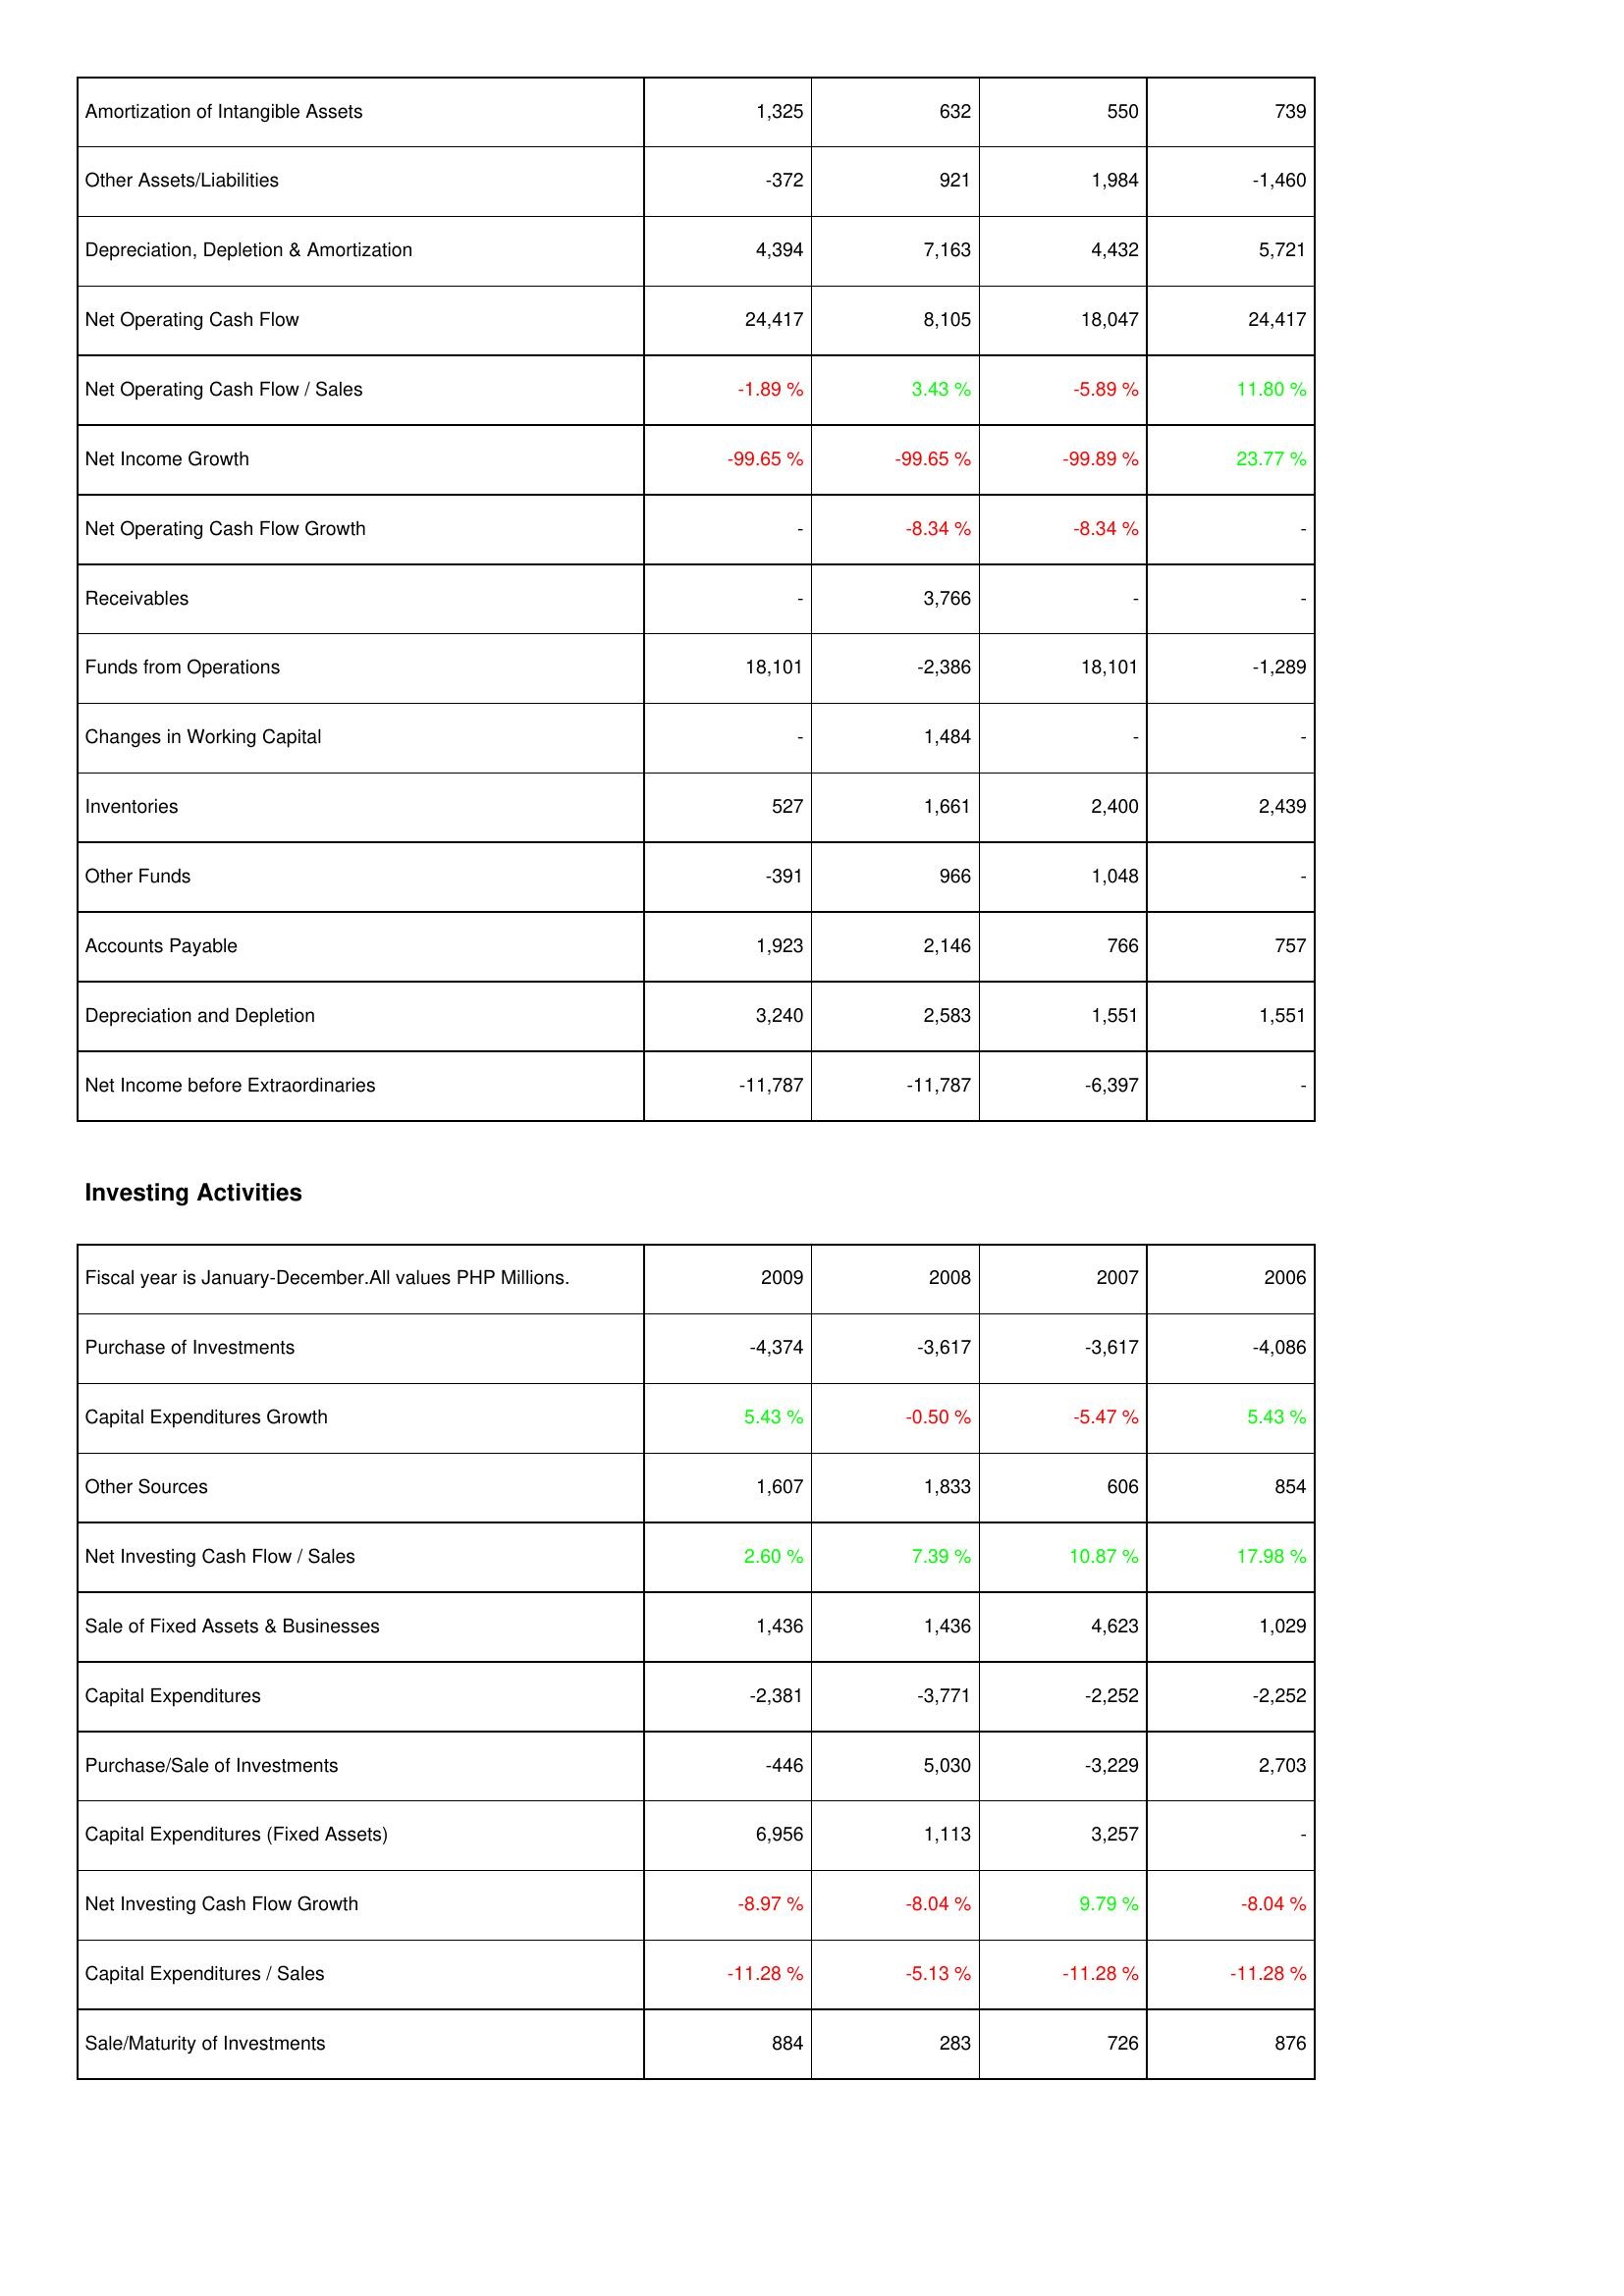
2009: Operating Activities: Amortization of Intangible Assets: 1,325
Other Assets/Liabilities: -372
Depreciation, Depletion & Amortization: 4,394
Net Operating Cash Flow: 24,417
Net Operating Cash Flow / Sales: -1.89 %
Net Income Growth: -99.65 %
Net Operating Cash Flow Growth: -
Receivables: -
Funds from Operations: 18,101
Changes in Working Capital: -
Inventories: 527
Other Funds: -391
Accounts Payable: 1,923
Depreciation and Depletion: 3,240
Net Income before Extraordinaries: -11,787
Investing Activities: Purchase of Investments: -4,374
Capital Expenditures Growth: 5.43 %
Other Sources: 1,607
Net Investing Cash Flow / Sales: 2.60 %
Sale of Fixed Assets & Businesses: 1,436
Capital Expenditures: -2,381
Purchase/Sale of Investments: -446
Capital Expenditures (Fixed Assets): 6,956
Net Investing Cash Flow Growth: -8.97 %
Capital Expenditures / Sales: -11.28 %
Sale/Maturity of Investments: 884
2008: Operating Activities: Amortization of Intangible Assets: 632
Other Assets/Liabilities: 921
Depreciation, Depletion & Amortization: 7,163
Net Operating Cash Flow: 8,105
Net Operating Cash Flow / Sales: 3.43 %
Net Income Growth: -99.65 %
Net Operating Cash Flow Growth: -8.34 %
Receivables: 3,766
Funds from Operations: -2,386
Changes in Working Capital: 1,484
Inventories: 1,661
Other Funds: 966
Accounts Payable: 2,146
Depreciation and Depletion: 2,583
Net Income before Extraordinaries: -11,787
Investing Activities: Purchase of Investments: -3,617
Capital Expenditures Growth: -0.50 %
Other Sources: 1,833
Net Investing Cash Flow / Sales: 7.39 %
Sale of Fixed Assets & Businesses: 1,436
Capital Expenditures: -3,771
Purchase/Sale of Investments: 5,030
Capital Expenditures (Fixed Assets): 1,113
Net Investing Cash Flow Growth: -8.04 %
Capital Expenditures / Sales: -5.13 %
Sale/Maturity of Investments: 283
2007: Operating Activities: Amortization of Intangible Assets: 550
Other Assets/Liabilities: 1,984
Depreciation, Depletion & Amortization: 4,432
Net Operating Cash Flow: 18,047
Net Operating Cash Flow / Sales: -5.89 %
Net Income Growth: -99.89 %
Net Operating Cash Flow Growth: -8.34 %
Receivables: -
Funds from Operations: 18,101
Changes in Working Capital: -
Inventories: 2,400
Other Funds: 1,048
Accounts Payable: 766
Depreciation and Depletion: 1,551
Net Income before Extraordinaries: -6,397
Investing Activities: Purchase of Investments: -3,617
Capital Expenditures Growth: -5.47 %
Other Sources: 606
Net Investing Cash Flow / Sales: 10.87 %
Sale of Fixed Assets & Businesses: 4,623
Capital Expenditures: -2,252
Purchase/Sale of Investments: -3,229
Capital Expenditures (Fixed Assets): 3,257
Net Investing Cash Flow Growth: 9.79 %
Capital Expenditures / Sales: -11.28 %
Sale/Maturity of Investments: 726
2006: Operating Activities: Amortization of Intangible Assets: 739
Other Assets/Liabilities: -1,460
Depreciation, Depletion & Amortization: 5,721
Net Operating Cash Flow: 24,417
Net Operating Cash Flow / Sales: 11.80 %
Net Income Growth: 23.77 %
Net Operating Cash Flow Growth: -
Receivables: -
Funds from Operations: -1,289
Changes in Working Capital: -
Inventories: 2,439
Other Funds: -
Accounts Payable: 757
Depreciation and Depletion: 1,551
Net Income before Extraordinaries: -
Investing Activities: Purchase of Investments: -4,086
Capital Expenditures Growth: 5.43 %
Other Sources: 854
Net Investing Cash Flow / Sales: 17.98 %
Sale of Fixed Assets & Businesses: 1,029
Capital Expenditures: -2,252
Purchase/Sale of Investments: 2,703
Capital Expenditures (Fixed Assets): -
Net Investing Cash Flow Growth: -8.04 %
Capital Expenditures / Sales: -11.28 %
Sale/Maturity of Investments: 876